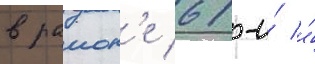
в раион'е 61-и́ и́